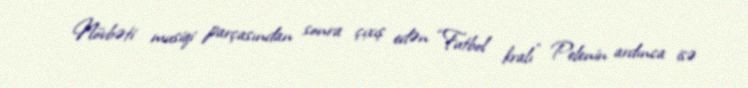
Növbəti musiqi parçasından sonra çıxış edən “Futbol kralı” Pelenin ardınca isə